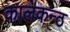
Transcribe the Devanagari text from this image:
कालकन्ठ